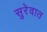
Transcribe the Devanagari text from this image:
सुरेवात